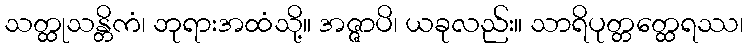
သတ္ထုသန္တိကံ၊ ဘုရားအထံသို့။ အဇ္ဇာပိ၊ ယခုလည်း။ သာရိပုတ္တတ္ထေရဿ၊